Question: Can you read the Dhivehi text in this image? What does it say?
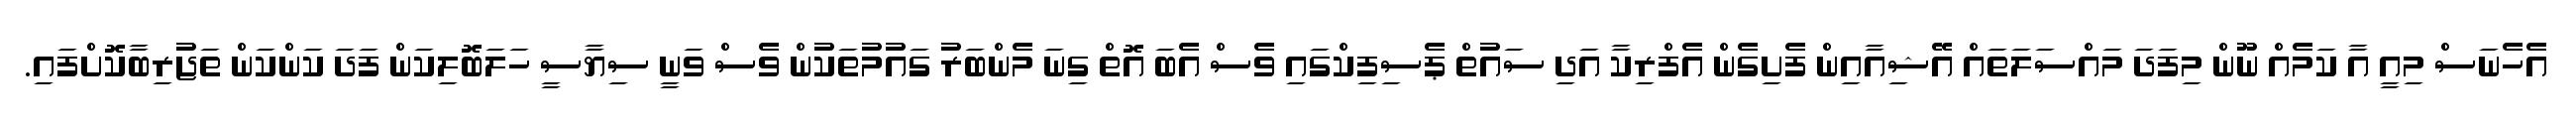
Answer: އެހެނަސް މިއީ އާ ކަމެއް ނޫން މިފަދަ މައްސަލަތައް އޭޝިއާއިން ފެށިގެން އެފްރިކާ އަދި ސައުތް ޕެސިފިކްގައި ވެސް އެބަ އޮތް ގިނަ މެންބަރު ގައުމުތަކުން ވެސް ވަނީ ސިޔާސީ ހަލަބޮލިކަން ފަދަ ކަންކަން ތަޖުރިބާކޮށްފައި.